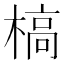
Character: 槁